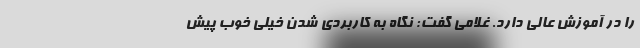
را در آموزش عالی دارد. غلامی گفت: نگاه به کاربردی شدن خیلی خوب پیش